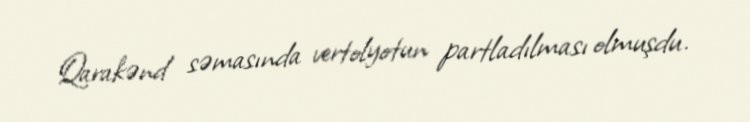
Qarakənd səmasında vertolyotun partladılması olmuşdu.